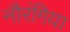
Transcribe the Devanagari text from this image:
नौरंगिया